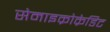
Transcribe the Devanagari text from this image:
सेमाइक्रोक्रेडिट